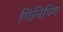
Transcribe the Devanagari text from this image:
गिनिपिग